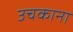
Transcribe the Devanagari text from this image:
उचकाना